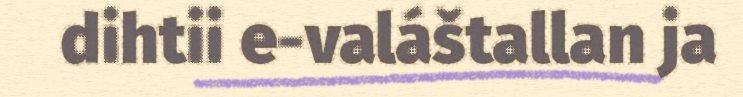
dihtii e-valáštallan ja